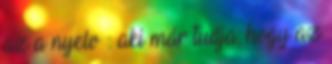
az a nyelv : aki már tudja, hogy az